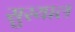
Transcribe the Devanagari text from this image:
सुस्याल